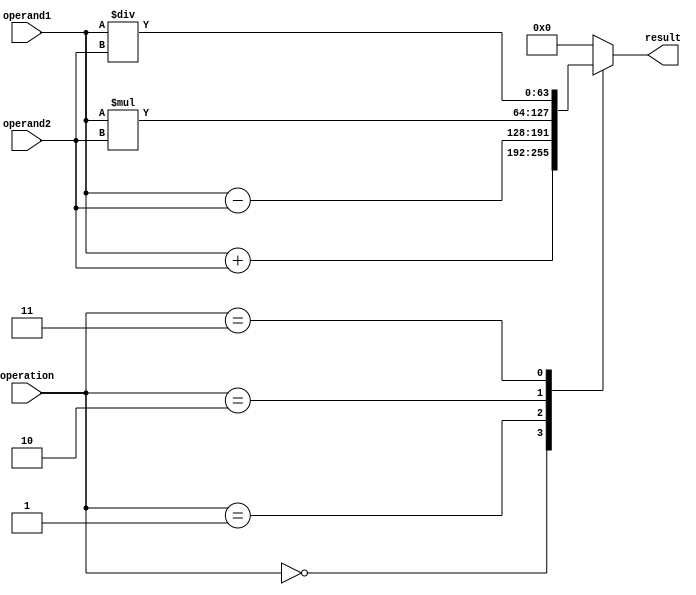
module double_precision_fpu (
    input wire [63:0] operand1,
    input wire [63:0] operand2,
    input wire [2:0] operation, // 0: addition, 1: subtraction, 2: multiplication, 3: division
    output reg [63:0] result
);

// Functional blocks for addition, subtraction, multiplication, division

always @(*) begin
    case(operation)
        3'b000: result = operand1 + operand2; // Addition
        3'b001: result = operand1 - operand2; // Subtraction
        3'b010: result = operand1 * operand2; // Multiplication
        3'b011: result = operand1 / operand2; // Division
        default: result = 64'b0; // Default case
    endcase
end

endmodule